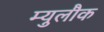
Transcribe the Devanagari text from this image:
म्युलौक